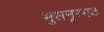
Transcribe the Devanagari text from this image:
भुसनूरमठ